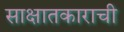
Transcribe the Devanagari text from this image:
साक्षातकाराची